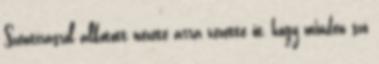
Szentírásról alkotott nézete arra vezette őt, hogy minden szó